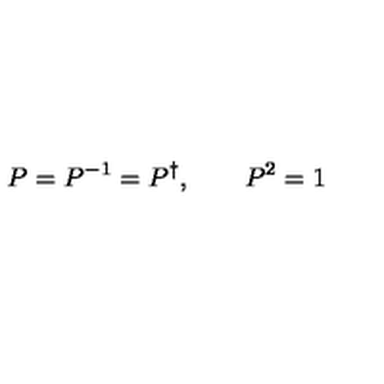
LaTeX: P = P ^ { - 1 } = P ^ { \dagger } , \qquad P ^ { 2 } = 1